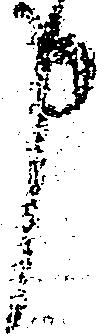
申